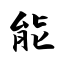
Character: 能